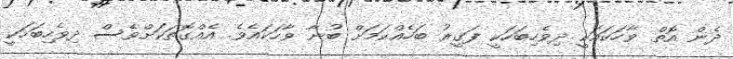
ދެން އޮތް ވާހަކައަކީ ދިވެހިބަހަކީ ފަގީރު ބަހެއްކަމަށް ބުނާ ވާހަކައެވެ. އެއްގޮތަކަށްވެސް ދިވެހިބަހަކީ